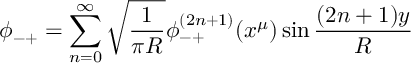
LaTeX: \phi _ { - + } = \sum _ { n = 0 } ^ { \infty } \sqrt { \frac { 1 } { \pi R } } \phi _ { - + } ^ { ( 2 n + 1 ) } ( x ^ { \mu } ) \sin \frac { ( 2 n + 1 ) y } { R }